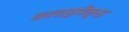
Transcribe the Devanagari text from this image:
कलाइमैक्स